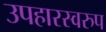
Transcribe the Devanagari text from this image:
उपहारस्वरुप